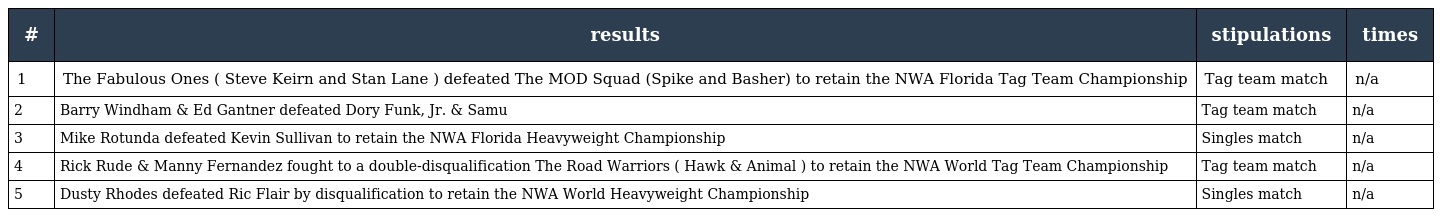
| # | results | stipulations | times |
 | --- | --- | --- | --- |
 | 1 | The Fabulous Ones ( Steve Keirn and Stan Lane ) defeated The MOD Squad (Spike and Basher) to retain the NWA Florida Tag Team Championship | Tag team match | n/a |
 | 2 | Barry Windham & Ed Gantner defeated Dory Funk, Jr. & Samu | Tag team match | n/a |
 | 3 | Mike Rotunda defeated Kevin Sullivan to retain the NWA Florida Heavyweight Championship | Singles match | n/a |
 | 4 | Rick Rude & Manny Fernandez fought to a double-disqualification The Road Warriors ( Hawk & Animal ) to retain the NWA World Tag Team Championship | Tag team match | n/a |
 | 5 | Dusty Rhodes defeated Ric Flair by disqualification to retain the NWA World Heavyweight Championship | Singles match | n/a |